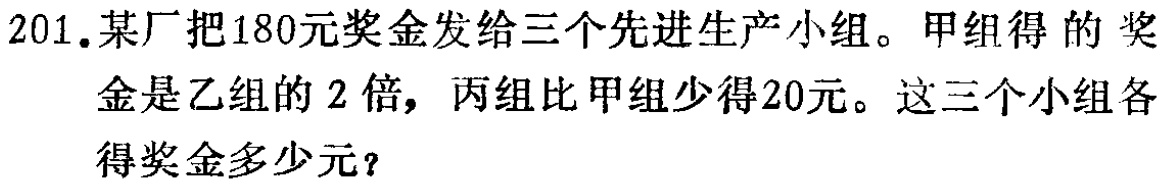
201. 某厂把180元奖金发给三个先进生产小组。甲组得的奖金是乙组的2倍，丙组比甲组少得20元。这三个小组各得奖金多少元？